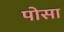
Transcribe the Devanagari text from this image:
पोसा